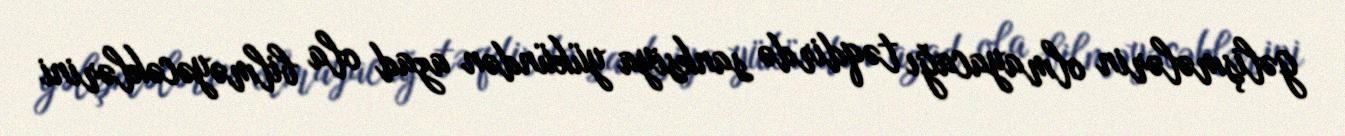
gəlişmələrin olmayacağı təqdirdə sanksiya yükündən azad ola bilməyəcəklərini